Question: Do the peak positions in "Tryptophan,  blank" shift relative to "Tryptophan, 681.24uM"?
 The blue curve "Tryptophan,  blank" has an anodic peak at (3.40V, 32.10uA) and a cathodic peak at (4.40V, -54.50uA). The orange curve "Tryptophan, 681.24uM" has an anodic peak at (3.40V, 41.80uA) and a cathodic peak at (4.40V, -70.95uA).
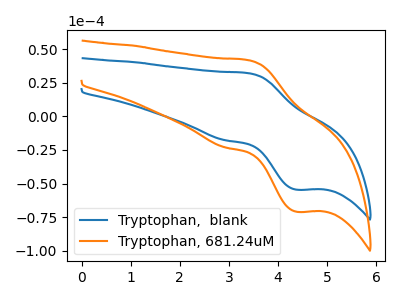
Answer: <think>All the peaks in "Tryptophan,  blank" have a peak in "Tryptophan, 681.24uM" at the same potential. Every peak in "Tryptophan,  blank" is lower than every peak in "Tryptophan, 681.24uM".
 </think>
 <answer>No, "Tryptophan,  blank" and "Tryptophan, 681.24uM" don't appear to be significantly different in shape</answer>
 <eval>no_change</eval>